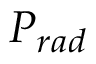
P _ { r a d }